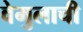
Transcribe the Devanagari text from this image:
वेमुलाची